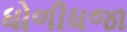
ધોળીધજા